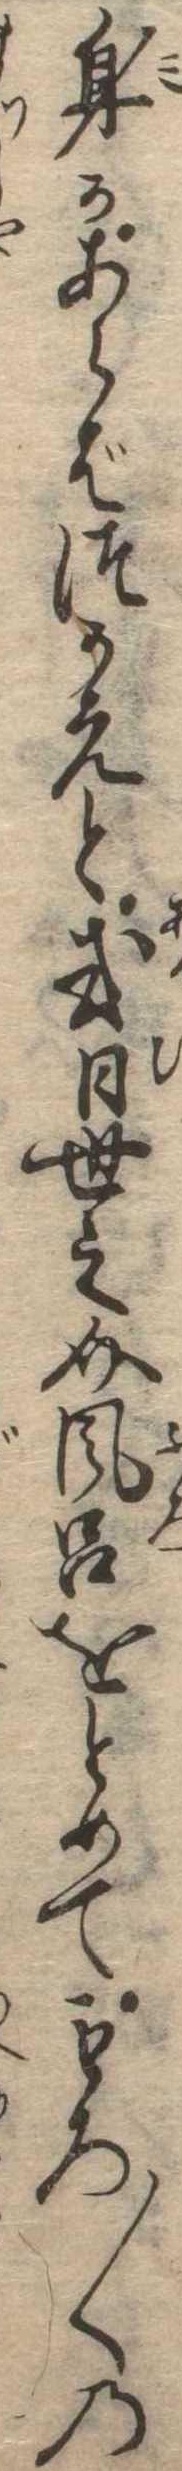
身かあらばつかえと或日世之介風呂をとめてもろ〱の